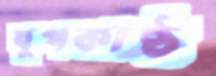
যুপকাষ্ঠ